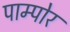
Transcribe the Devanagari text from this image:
पाम्पोर